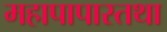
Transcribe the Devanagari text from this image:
महापापास्तथा